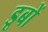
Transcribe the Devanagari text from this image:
डूबों